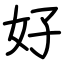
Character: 好